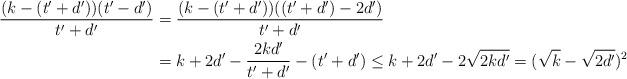
LaTeX: \begin{align*}\frac{(k-(t'+d'))(t'-d')}{t'+d'}&=\frac{(k-(t'+d'))((t'+d')-2d')}{t'+d'}\\&=k+2d'-\frac{2kd'}{t'+d'}-(t'+d')\le k+2d'-2\sqrt{2kd'}=(\sqrt{k}-\sqrt{2d'})^2\end{align*}